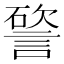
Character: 𥕔